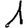
Digit: 1